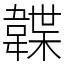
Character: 韘